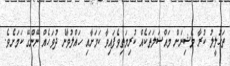
ތަހުލީލު ކުރާ މެޝިނަށް މައްސަލަތަކެއް ކުރިމަތިވެފައިވާ ކަމަށާއި ހައްލުވާނެ ދުވަހެއް ނޭންގޭ ކަމަށެވެ.